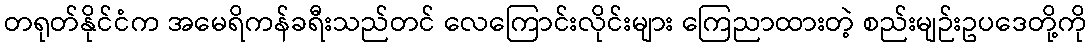
တရုတ်နိုင်ငံက အမေရိကန်ခရီးသည်တင် လေကြောင်းလိုင်းများ ကြေညာထားတဲ့ စည်းမျဉ်းဥပဒေတို့ကို